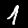
Label: 1